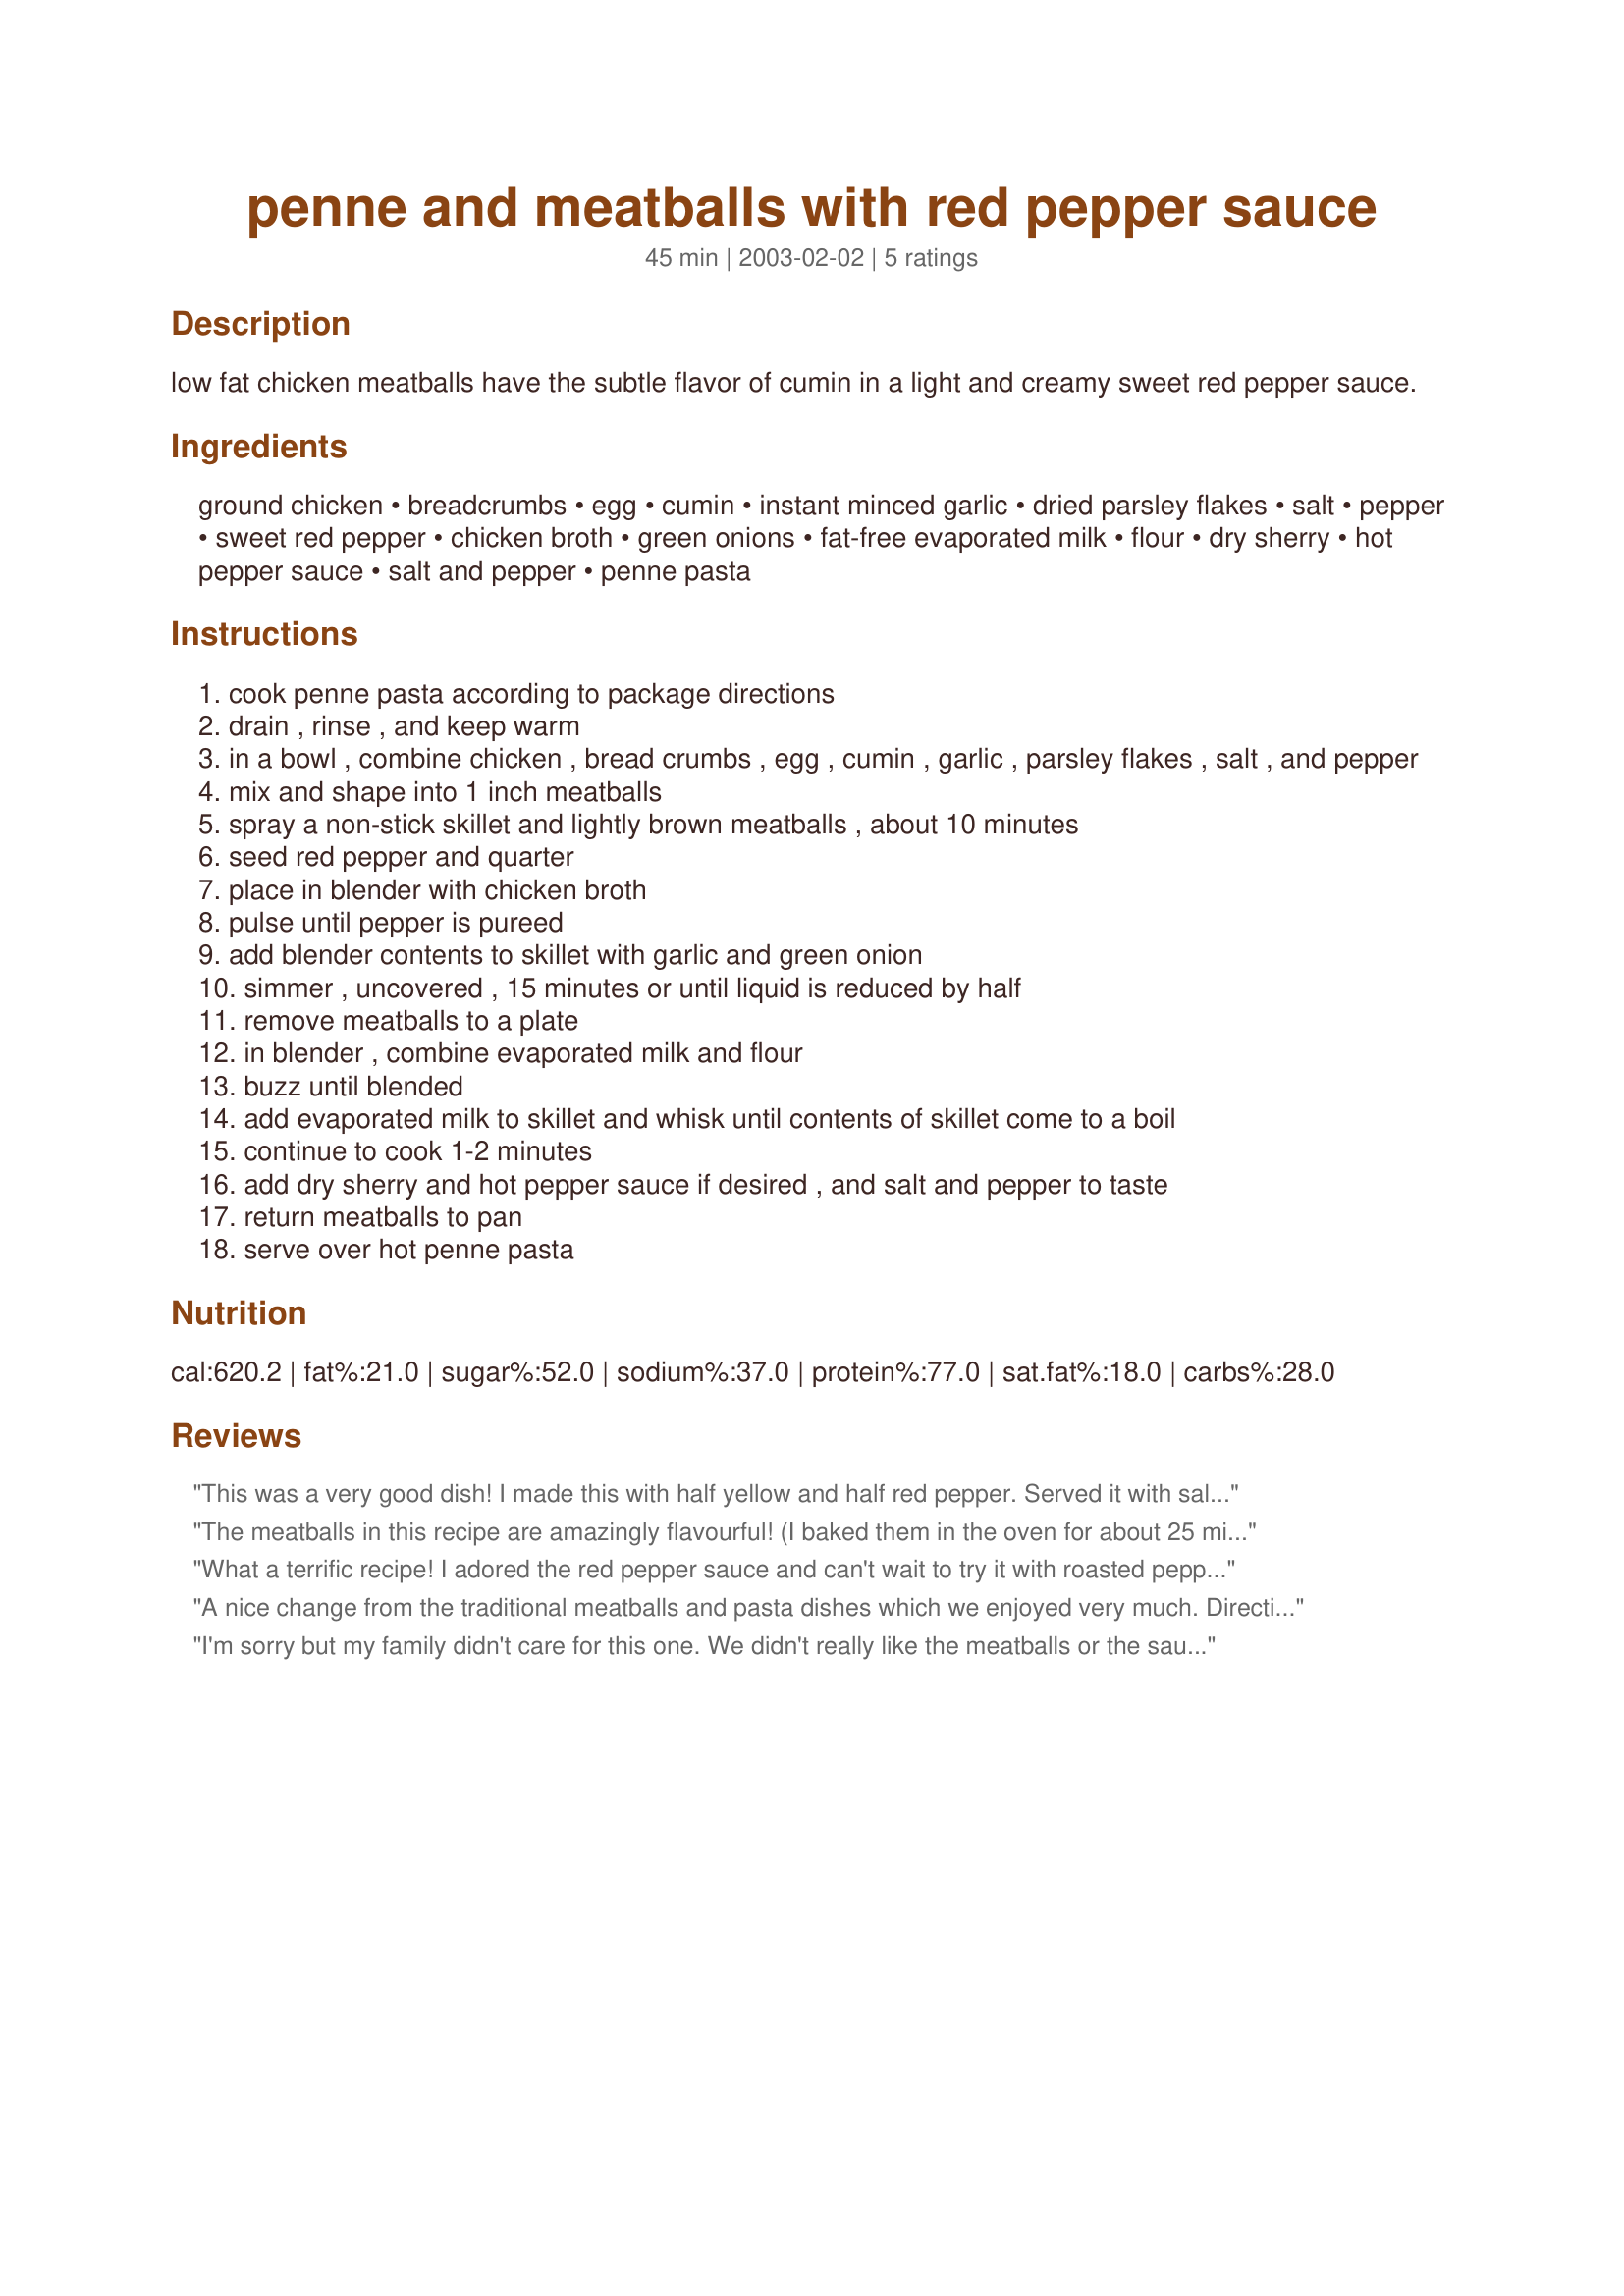
penne and meatballs with red pepper sauce
Preparation time: 45 minutes

low fat chicken meatballs have the subtle flavor of cumin in a light and creamy sweet red pepper sauce.

Ingredients:
ground chicken, breadcrumbs, egg, cumin, instant minced garlic, dried parsley flakes, salt, pepper, sweet red pepper, chicken broth, green onions, fat-free evaporated milk, flour, dry sherry, hot pepper sauce, salt and pepper, penne pasta

Steps:
cook penne pasta according to package directions
drain , rinse , and keep warm
in a bowl , combine chicken , bread crumbs , egg , cumin , garlic , parsley flakes , salt , and pepper
mix and shape into 1 inch meatballs
spray a non-stick skillet and lightly brown meatballs , about 10 minutes
seed red pepper and quarter
place in blender with chicken broth
pulse until pepper is pureed
add blender contents to skillet with garlic and green onion
simmer , uncovered , 15 minutes or until liquid is reduced by half
remove meatballs to a plate
in blender , combine evaporated milk and flour
buzz until blended
add evaporated milk to skillet and whisk until contents of skillet come to a boil
continue to cook 1-2 minutes
add dry sherry and hot pepper sauce if desired , and salt and pepper to taste
return meatballs to pan
serve over hot penne pasta

Reviews:
This was a very good dish! I made this with half yellow and half red pepper. Served it with salad and homade Italian dressing, and baked asparugus. I recomend this its worth the time. Good find and very tasty, parents and brother loved it!
The meatballs in this recipe are amazingly flavourful! (I baked them in the oven for about 25 minutes so I didn't have to stand at the stove & watch them.) However, the sauce was a little bland. But, I was so impressed with how low the fat content was in this dish.
What a terrific recipe! I adored the red pepper sauce and can't wait to try it with roasted peppers next time. I substituted turkey but will definitely use chicken next time for the finer, smoother texture and I'll bake the meatballs next time just because that's easier than pan frying. This makes a beautiful presentation and it's not difficult to make. Congratulations, papergoddess, this is a winner in my cookbook.
A nice change from the traditional meatballs and pasta dishes which we enjoyed very much. Directions were very easy to follow and the only changes I made was using ground turkey (instead of the chicken) and fresh parsley. Thanks for sharing this delicious pasta dish which we will be having again!
I'm sorry but my family didn't care for this one. We didn't really like the meatballs or the sauce. Again I'm sorry, just not our taste I guess.
